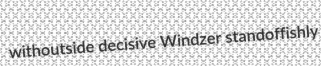
withoutside decisive Windzer standoffishly